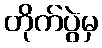
တိုက်ပွဲမှ